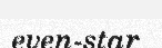
even-star